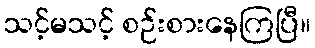
သင့်မသင့် စဉ်းစားနေကြပြီ။